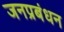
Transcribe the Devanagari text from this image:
जनप्रबंधन